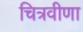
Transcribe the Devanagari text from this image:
चित्रवीणा